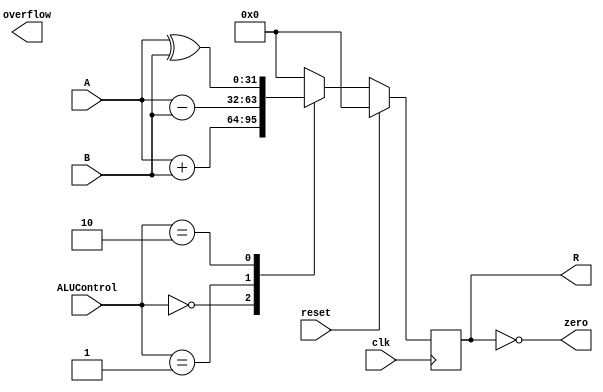
// 32-bit ALU
// data input width: 2 32-bit values
// data output width: 1 32-bit and one "zero" output
// ALUControl: 3-bits
// zero: output 1 if all bits of data output is 0
module alu  (input signed [31:0] A, B,
             input [1:0] ALUControl,
             input clk, reset,
             output reg signed [31:0] R,
			 output zero,
			 output reg overflow
			 );
		
		assign zero = (R==0); //Zero is true (i.e., 1) if output R is 0
        /* Decode the instruction */
        always @(posedge clk) begin
			if(reset == 1) begin
				R <= 32'b0;
			end

			else begin
				// ALUControl is equivalent to 3 bit ALU Op code
				// and can accomodate max 8 types of operations
				case (ALUControl)
					2'b00 /* ADD */: R <= A + B;
					2'b01 /* SUB */: R <= A - B;
					2'b10 /* XOR */: R <= A ^ B;
					default: R <= 0;
				endcase
			end
		end
endmodule